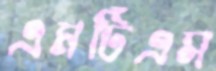
এমটিএস